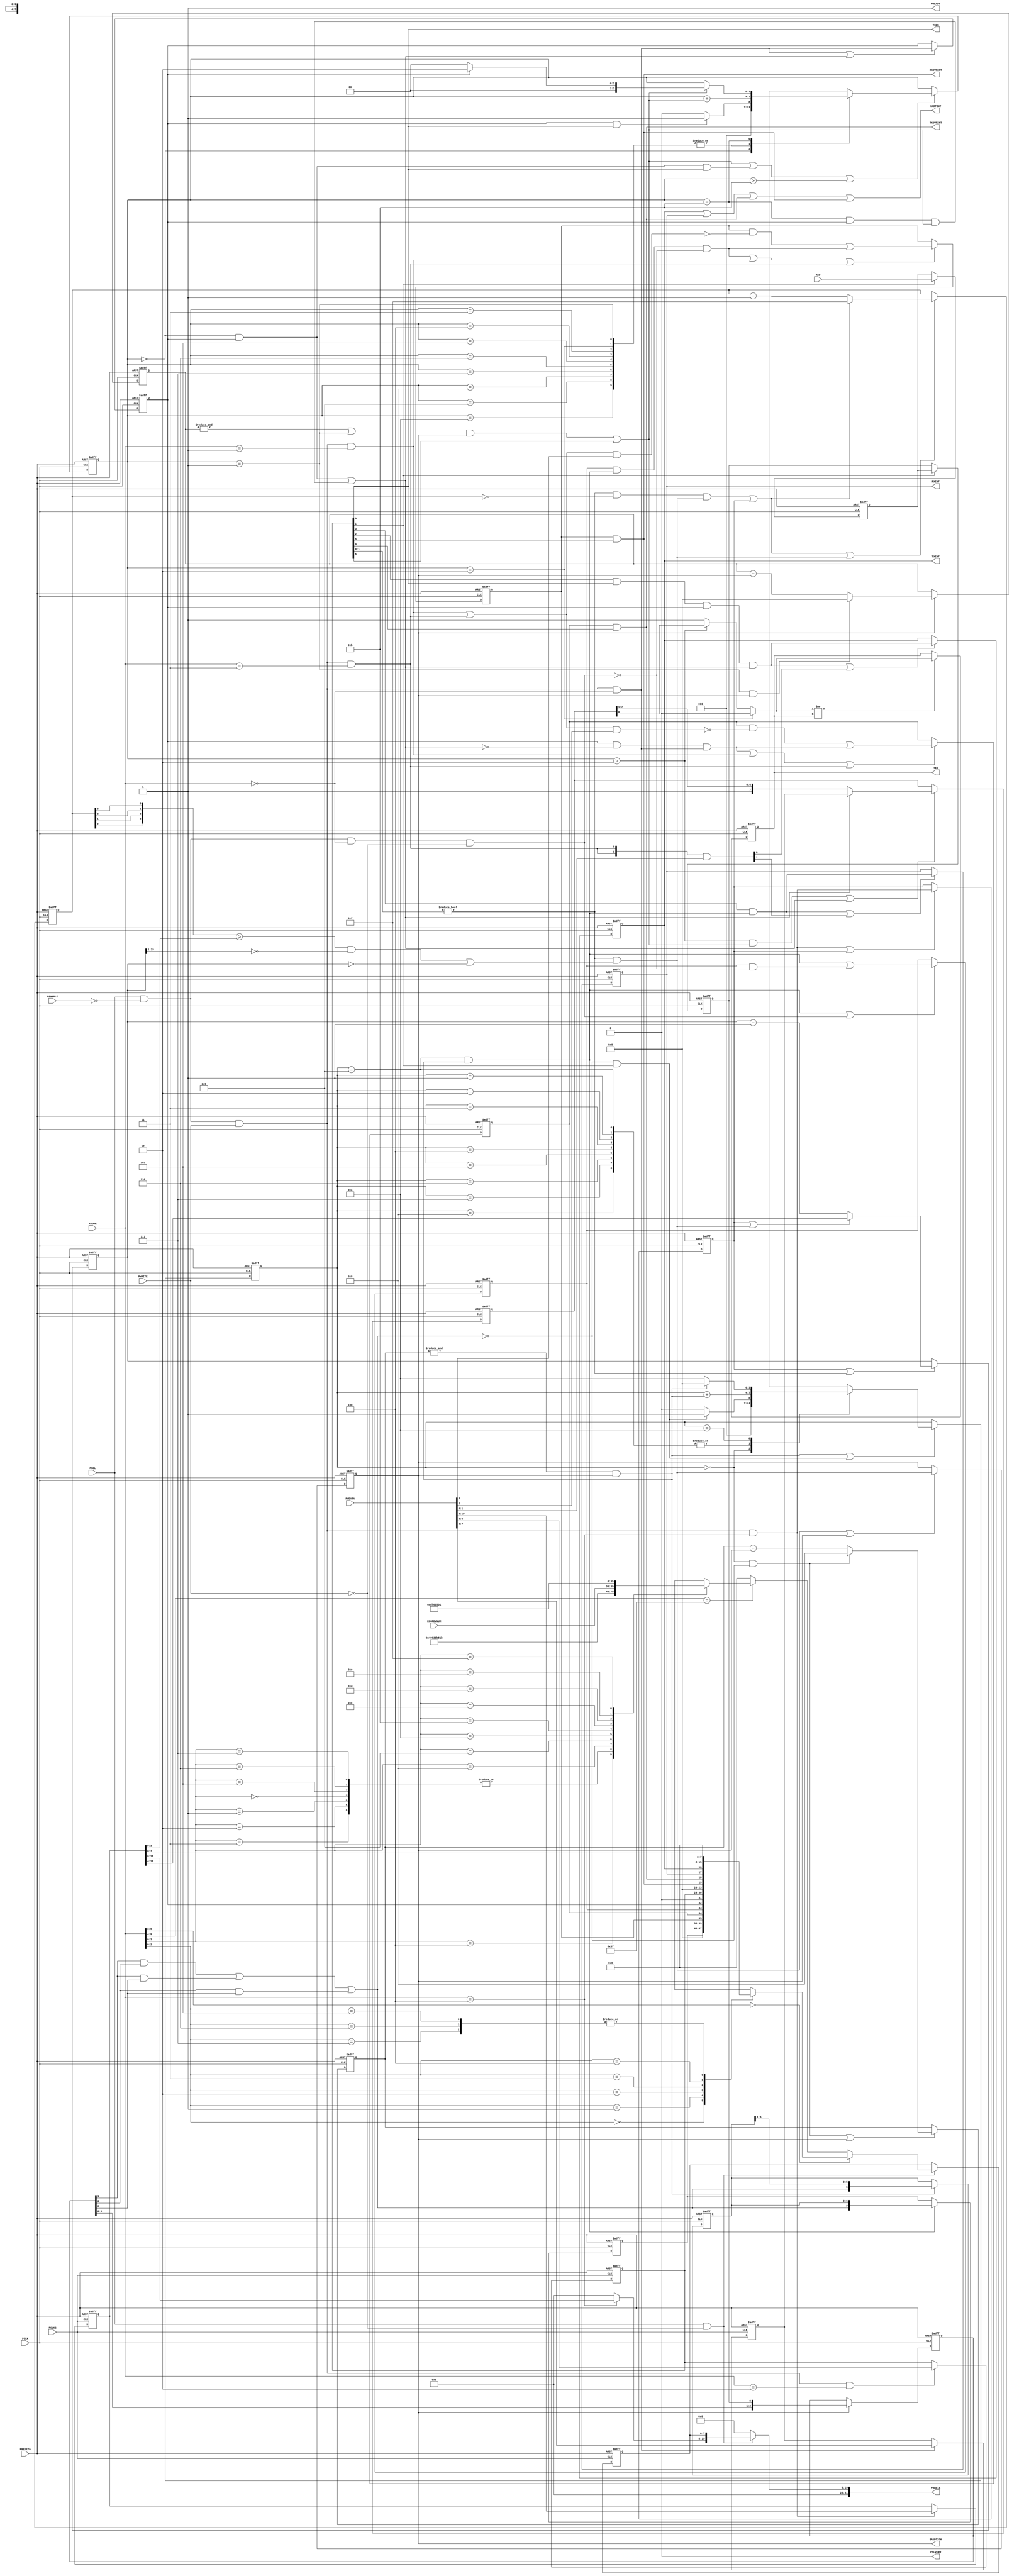
//-----------------------------------------------------------------------------
// The confidential and proprietary information contained in this file may
// only be used by a person authorised under and to the extent permitted
// by a subsisting licensing agreement from ARM Limited.
//
//            (C) COPYRIGHT 2010-2013 ARM Limited.
//                ALL RIGHTS RESERVED
//
// This entire notice must be reproduced on all copies of this file
// and copies of this file may only be made by a person if such person is
// permitted to do so under the terms of a subsisting license agreement
// from ARM Limited.
//
//      SVN Information
//
//      Checked In          : $Date: 2013-01-09 12:55:25 +0000 (Wed, 09 Jan 2013) $
//
//      Revision            : $Revision: 233070 $
//
//      Release Information : Cortex-M System Design Kit-r1p0-00rel0
//
//-----------------------------------------------------------------------------
//-----------------------------------------------------------------------------
// Abstract : Simple APB UART
//-----------------------------------------------------------------------------
//-------------------------------------
// Programmer's model
// 0x00 R     RXD[7:0]    Received Data
//      W     TXD[7:0]    Transmit data
// 0x04 RW    STAT[3:0]
//              [3] RX buffer overrun (write 1 to clear)
//              [2] TX buffer overrun (write 1 to clear)
//              [1] RX buffer full (Read only)
//              [0] TX buffer full (Read only)
// 0x08 RW    CTRL[3:0]   TxIntEn, RxIntEn, TxEn, RxEn
//              [6] High speed test mode Enable
//              [5] RX overrun interrupt enable
//              [4] TX overrun interrupt enable
//              [3] RX Interrupt Enable
//              [2] TX Interrupt Enable
//              [1] RX Enable
//              [0] TX Enable
// 0x0C R/Wc  intr_status/INTCLEAR
//              [3] RX overrun interrupt
//              [2] TX overrun interrupt
//              [1] RX interrupt
//              [0] TX interrupt
// 0x10 RW    BAUDDIV[19:0] Baud divider
//            (minimum value is 16)
// 0x3E0 - 0x3FC  ID registers
//-------------------------------------

module cmsdk_apb_uart (
// --------------------------------------------------------------------------
// Port Definitions
// --------------------------------------------------------------------------
  input  wire        PCLK,     // Clock
  input  wire        PCLKG,    // Gated Clock
  input  wire        PRESETn,  // Reset

  input  wire        PSEL,     // Device select
  input  wire [11:2] PADDR,    // Address
  input  wire        PENABLE,  // Transfer control
  input  wire        PWRITE,   // Write control
  input  wire [31:0] PWDATA,   // Write data

  input  wire [3:0]  ECOREVNUM,// Engineering-change-order revision bits

  output wire [31:0] PRDATA,   // Read data
  output wire        PREADY,   // Device ready
  output wire        PSLVERR,  // Device error response

  input  wire        RXD,      // Serial input
  output wire        TXD,      // Transmit data output
  output wire        TXEN,     // Transmit enabled
  output wire        BAUDTICK, // Baud rate (x16) Tick

  output wire        TXINT,    // Transmit Interrupt
  output wire        RXINT,    // Receive Interrupt
  output wire        TXOVRINT, // Transmit overrun Interrupt
  output wire        RXOVRINT, // Receive overrun Interrupt
  output wire        UARTINT); // Combined interrupt

// Local ID parameters, APB UART part number is 0x821
localparam  ARM_CMSDK_APB_UART_PID4 = 8'h04;
localparam  ARM_CMSDK_APB_UART_PID5 = 8'h00;
localparam  ARM_CMSDK_APB_UART_PID6 = 8'h00;
localparam  ARM_CMSDK_APB_UART_PID7 = 8'h00;
localparam  ARM_CMSDK_APB_UART_PID0 = 8'h21;
localparam  ARM_CMSDK_APB_UART_PID1 = 8'hB8;
localparam  ARM_CMSDK_APB_UART_PID2 = 8'h1B;
localparam  ARM_CMSDK_APB_UART_PID3 = 4'h0;
localparam  ARM_CMSDK_APB_UART_CID0 = 8'h0D;
localparam  ARM_CMSDK_APB_UART_CID1 = 8'hF0;
localparam  ARM_CMSDK_APB_UART_CID2 = 8'h05;
localparam  ARM_CMSDK_APB_UART_CID3 = 8'hB1;

  // --------------------------------------------------------------------------
  // Internal wires
  // --------------------------------------------------------------------------
// Signals for read/write controls
wire          read_enable;
wire          write_enable;
wire          write_enable00; // Write enable for data register
wire          write_enable04; // Write enable for Status register
wire          write_enable08; // Write enable for control register
wire          write_enable0c; // Write enable for interrupt status register
wire          write_enable10; // Write enable for Baud rate divider
reg     [7:0] read_mux_byte0; // Read data multiplexer for lower 8-bit
reg     [7:0] read_mux_byte0_reg; // Register read data for lower 8-bit
wire   [31:0] read_mux_word;  // Read data multiplexer for whole 32-bit
wire    [3:0] pid3_value;     // constant value for lower 4-bit in perpherial ID3

// Signals for Control registers
reg     [6:0] reg_ctrl;       // Control register
reg     [7:0] reg_tx_buf;     // Transmit data buffer
reg     [7:0] reg_rx_buf;     // Receive data buffer
reg    [19:0] reg_baud_div;   // Baud rate setting

// Internal signals
  // Baud rate divider
reg    [15:0] reg_baud_cntr_i; // baud rate divider counter i (integer)
wire   [15:0] nxt_baud_cntr_i;
reg     [3:0] reg_baud_cntr_f; // baud rate divider counter f (fraction)
wire    [3:0] nxt_baud_cntr_f;
wire    [3:0] mapped_cntr_f;   // remapped counter f value
reg           reg_baud_tick;   // Register baud rate tick (16 times of baud rate)
reg           baud_updated;    // baud rate value has bee updated from APB
wire          reload_i;        // baud rate divider counter i reload
wire          reload_f;        // baud rate divider counter f reload
wire          baud_div_en;     // enable baud rate counter

  // Status
wire    [3:0] uart_status;     // UART status
reg           reg_rx_overrun;  // Receive overrun status register
wire          rx_overrun;      // Receive overrun detection
reg           reg_tx_overrun;  // Transmit overrun status register
wire          tx_overrun;      // Transmit overrun detection
wire          nxt_rx_overrun;  // next state for reg_rx_overrun
wire          nxt_tx_overrun;  // next state for reg_tx_overrun
  // Interrupts
reg           reg_txintr;      // Transmit interrupt register
reg           reg_rxintr;      // Receive interrupt register
wire          tx_overflow_intr;// Transmit overrun/overflow interrupt
wire          rx_overflow_intr;// Receive overrun/overflow interrupt
wire    [3:0] intr_state;      // UART interrupt status
wire    [1:0] intr_stat_set;   // Set TX/RX interrupt
wire    [1:0] intr_stat_clear; // Clear TX/RX interrupt

  // transmit
reg     [3:0] tx_state;    // Transmit FSM state
reg     [4:0] nxt_tx_state;
wire          tx_state_update;
wire          tx_state_inc; // Bit pulse
reg     [3:0] tx_tick_cnt;  // Transmit Tick counter
wire    [4:0] nxt_tx_tick_cnt;
reg     [7:0] tx_shift_buf;      // Transmit shift register
wire    [7:0] nxt_tx_shift_buf;  // next state    for tx_shift_buf
wire          tx_buf_ctrl_shift; // shift control for tx_shift_buf
wire          tx_buf_ctrl_load;  // load  control for tx_shift_buf
reg           tx_buf_full;  // TX Buffer full
reg           reg_txd;      // Tx Data
wire          nxt_txd;      // next state of reg_txd
wire          update_reg_txd; // update reg_txd
wire          tx_buf_clear; // Clear buffer full status when data is load into TX shift register

  // Receive data sync and filter
reg           rxd_sync_1;  // Double flip-flop syncrhoniser
reg           rxd_sync_2;  // Double flip-flop syncrhoniser
reg     [2:0] rxd_lpf;     // Averaging Low Pass Filter
wire    [2:0] nxt_rxd_lpf;
wire          rx_shift_in; // Shift Register Input

  // Receiver
reg     [3:0] rx_state;   // Receiver FSM state
reg     [4:0] nxt_rx_state;
wire          rx_state_update;
reg     [3:0] rx_tick_cnt; // Receiver Tick counter
wire    [4:0] nxt_rx_tick_cnt;
wire          update_rx_tick_cnt;
wire          rx_state_inc;// Bit pulse
reg     [6:0] rx_shift_buf;// Receiver shift data register
wire    [6:0] nxt_rx_shift_buf;
reg           rx_buf_full;  // Receive buffer full status
wire          nxt_rx_buf_full;
wire          rxbuf_sample; // Sample received data into receive data buffer
wire          rx_data_read; // Receive data buffer read by APB interface
wire    [7:0] nxt_rx_buf;

// Start of main code
// Read and write control signals
assign  read_enable  = PSEL & (~PWRITE); // assert for whole APB read transfer
assign  write_enable = PSEL & (~PENABLE) & PWRITE; // assert for 1st cycle of write transfer
assign  write_enable00 = write_enable & (PADDR[11:2] == 10'h000);
assign  write_enable04 = write_enable & (PADDR[11:2] == 10'h001);
assign  write_enable08 = write_enable & (PADDR[11:2] == 10'h002);
assign  write_enable0c = write_enable & (PADDR[11:2] == 10'h003);
assign  write_enable10 = write_enable & (PADDR[11:2] == 10'h004);

// Write operations
  // Transmit data register
  always @(posedge PCLKG or negedge PRESETn)
  begin
    if (~PRESETn)
      reg_tx_buf <= {8{1'b0}};
    else if (write_enable00)
      reg_tx_buf <= PWDATA[7:0];
  end

  // Status register overrun registers
  assign nxt_rx_overrun = (reg_rx_overrun & (~((write_enable04|write_enable0c) & PWDATA[3]))) | rx_overrun;
  assign nxt_tx_overrun = (reg_tx_overrun & (~((write_enable04|write_enable0c) & PWDATA[2]))) | tx_overrun;

  // RX OverRun status
  always @(posedge PCLK or negedge PRESETn)
  begin
    if (~PRESETn)
      reg_rx_overrun <= 1'b0;
    else if (rx_overrun | write_enable04 | write_enable0c)
      reg_rx_overrun <= nxt_rx_overrun;
  end

  // TX OverRun status
  always @(posedge PCLK or negedge PRESETn)
  begin
    if (~PRESETn)
      reg_tx_overrun <= 1'b0;
    else if (tx_overrun | write_enable04 | write_enable0c)
      reg_tx_overrun <= nxt_tx_overrun;
  end

  // Control register
  always @(posedge PCLKG or negedge PRESETn)
  begin
    if (~PRESETn)
      reg_ctrl <= {7{1'b0}};
    else if (write_enable08)
      reg_ctrl <= PWDATA[6:0];
  end

  // Baud rate divider - integer
  always @(posedge PCLKG or negedge PRESETn)
  begin
    if (~PRESETn)
      reg_baud_div <= {20{1'b0}};
    else if (write_enable10)
      reg_baud_div <= PWDATA[19:0];
  end

// Read operation
  assign uart_status = {reg_rx_overrun, reg_tx_overrun, rx_buf_full, tx_buf_full};

  assign pid3_value  = ARM_CMSDK_APB_UART_PID3;

  // First level of read mux
 always @(PADDR or reg_rx_buf or uart_status or reg_ctrl or intr_state or reg_baud_div
   or ECOREVNUM or pid3_value)
  begin
   if (PADDR[11:5] == 7'h00) begin
     case (PADDR[4:2])
     3'h0: read_mux_byte0 =  reg_rx_buf;
     3'h1: read_mux_byte0 =  {{4{1'b0}},uart_status};
     3'h2: read_mux_byte0 =  {{1{1'b0}},reg_ctrl};
     3'h3: read_mux_byte0 =  {{4{1'b0}},intr_state};
     3'h4: read_mux_byte0 =  reg_baud_div[7:0];
     3'h5, 3'h6, 3'h7: read_mux_byte0 =   {8{1'b0}};     //default read out value
     default:  read_mux_byte0 =   {8{1'bx}};// x propogation
     endcase
   end
   else if (PADDR[11:6] == 6'h3F) begin
     case  (PADDR[5:2])
       4'h0, 4'h1,4'h2,4'h3: read_mux_byte0 =   {8{1'b0}}; //default read out value
   // ID register - constant values
       4'h4: read_mux_byte0 = ARM_CMSDK_APB_UART_PID4; // 0xFD0 : PID 4
       4'h5: read_mux_byte0 = ARM_CMSDK_APB_UART_PID5; // 0xFD4 : PID 5
       4'h6: read_mux_byte0 = ARM_CMSDK_APB_UART_PID6; // 0xFD8 : PID 6
       4'h7: read_mux_byte0 = ARM_CMSDK_APB_UART_PID7; // 0xFDC : PID 7
       4'h8: read_mux_byte0 = ARM_CMSDK_APB_UART_PID0; // 0xFE0 : PID 0  APB UART part number[7:0]
       4'h9: read_mux_byte0 = ARM_CMSDK_APB_UART_PID1; // 0xFE0 : PID 1 [7:4] jep106_id_3_0. [3:0] part number [11:8]
       4'hA: read_mux_byte0 = ARM_CMSDK_APB_UART_PID2; // 0xFE0 : PID 2 [7:4] revision, [3] jedec_used. [2:0] jep106_id_6_4
       4'hB: read_mux_byte0 = {ECOREVNUM[3:0],pid3_value[3:0]};
                                                       // 0xFE0 : PID 3 [7:4] ECO revision, [3:0] modification number
       4'hC: read_mux_byte0 = ARM_CMSDK_APB_UART_CID0; // 0xFF0 : CID 0
       4'hD: read_mux_byte0 = ARM_CMSDK_APB_UART_CID1; // 0xFF4 : CID 1 PrimeCell class
       4'hE: read_mux_byte0 = ARM_CMSDK_APB_UART_CID2; // 0xFF8 : CID 2
       4'hF: read_mux_byte0 = ARM_CMSDK_APB_UART_CID3; // 0xFFC : CID 3
       default : read_mux_byte0 = {8{1'bx}}; // x propogation
      endcase
    end
    else begin
       read_mux_byte0 =   {8{1'b0}};     //default read out value
    end
  end



  // Register read data
  always @(posedge PCLKG or negedge PRESETn)
  begin
    if (~PRESETn)
      read_mux_byte0_reg      <= {8{1'b0}};
    else if (read_enable)
      read_mux_byte0_reg      <= read_mux_byte0;
  end

  // Second level of read mux
  assign read_mux_word[ 7: 0] = read_mux_byte0_reg;
  assign read_mux_word[19: 8] = (PADDR[11:2]==10'h004) ? reg_baud_div[19:8] : {12{1'b0}};
  assign read_mux_word[31:20] = {12{1'b0}};


  // Output read data to APB
  assign PRDATA[31: 0] = (read_enable) ? read_mux_word : {32{1'b0}};
  assign PREADY  = 1'b1; // Always ready
  assign PSLVERR = 1'b0; // Always okay

// --------------------------------------------
// Baud rate generator
  // Baud rate generator enable
  assign baud_div_en    = (reg_ctrl[1:0] != 2'b00);
  assign mapped_cntr_f  = {reg_baud_cntr_f[0],reg_baud_cntr_f[1],
                           reg_baud_cntr_f[2],reg_baud_cntr_f[3]};
  // Reload Integer divider
  // when UART enabled and (reg_baud_cntr_f < reg_baud_div[3:0])
  // then count to 1, or
  // when UART enabled then count to 0
  assign reload_i      = (baud_div_en &
         (((mapped_cntr_f >= reg_baud_div[3:0]) &
         (reg_baud_cntr_i[15:1] == {15{1'b0}})) |
         (reg_baud_cntr_i[15:0] == {16{1'b0}})));

  // Next state for Baud rate divider
  assign nxt_baud_cntr_i = (baud_updated | reload_i) ? reg_baud_div[19:4] :
                           (reg_baud_cntr_i - 16'h0001);
  // Update at reload or decrement
  always @(posedge PCLK or negedge PRESETn)
  begin
    if (~PRESETn)
      reg_baud_cntr_i   <= {16{1'b0}};
    else if (baud_updated | baud_div_en)
      reg_baud_cntr_i   <= nxt_baud_cntr_i;
  end

  // Reload fraction divider
  assign reload_f      = baud_div_en & (reg_baud_cntr_f==4'h0) &
                        reload_i;
  // Next state for fraction part of Baud rate divider
  assign nxt_baud_cntr_f =
                        (reload_f|baud_updated) ? 4'hF :
                        (reg_baud_cntr_f - 4'h1);

  // Update at reload or decrement
  always @(posedge PCLK or negedge PRESETn)
  begin
    if (~PRESETn)
      reg_baud_cntr_f   <= {4{1'b0}};
    else if (baud_updated | reload_f | reload_i)
      reg_baud_cntr_f   <= nxt_baud_cntr_f;
  end

  // Generate control signal to update baud rate counters
  always @(posedge PCLK or negedge PRESETn)
  begin
    if (~PRESETn)
      baud_updated    <= 1'b0;
    else if (write_enable10 | baud_updated)
      // Baud rate updated - to load new value to counters
      baud_updated    <= write_enable10;
  end

  // Generate Tick signal for external logic
  always @(posedge PCLK or negedge PRESETn)
  begin
    if (~PRESETn)
      reg_baud_tick    <= 1'b0;
    else if (reload_i | reg_baud_tick)
      reg_baud_tick    <= reload_i;
  end

  // Connect to external
  assign BAUDTICK = reg_baud_tick;

// --------------------------------------------
// Transmit

  // Buffer full status
  always @(posedge PCLK or negedge PRESETn)
  begin
    if (~PRESETn)
      tx_buf_full     <= 1'b0;
    else if (write_enable00 | tx_buf_clear)
      tx_buf_full     <= write_enable00;
  end

  // Increment TickCounter
  assign nxt_tx_tick_cnt = ((tx_state==4'h1) & reg_baud_tick) ? {5{1'b0}} :
                        tx_tick_cnt + {{3{1'b0}},reg_baud_tick};

  // Registering TickCounter
  always @(posedge PCLK or negedge PRESETn)
  begin
    if (~PRESETn)
      tx_tick_cnt     <= {4{1'b0}};
    else if (reg_baud_tick)
      tx_tick_cnt     <= nxt_tx_tick_cnt[3:0];
  end

  // Increment state (except Idle(0) and Wait for Tick(1))
  assign tx_state_inc   = (((&tx_tick_cnt)|(tx_state==4'h1)) & reg_baud_tick)|reg_ctrl[6];
          // state increment every cycle of high speed test mode is enabled
  // Clear buffer full status when data is load into shift register
  assign tx_buf_clear   = ((tx_state==4'h0) & tx_buf_full) |
                        ((tx_state==4'hB) & tx_buf_full & tx_state_inc);

  // tx_state machine
  // 0 = Idle, 1 =  Wait for Tick,
  // 2 = Start bit, 3 = D0 .... 10 = D7
  // 11 = Stop bit
  always @(tx_state or tx_buf_full or tx_state_inc or reg_ctrl)
  begin
  case (tx_state)
    0: begin
       nxt_tx_state = (tx_buf_full & reg_ctrl[0]) ? 5'h01 : 5'h00;  // New data is written to buffer
       end
    1,                         // State 1   : Wait for next Tick
    2,3,4,5,6,7,8,9,10: begin  // State 2-10: Start bit, D0 - D7
       nxt_tx_state = tx_state + {3'b000,tx_state_inc};
       end
    11: begin // Stop bit , goto next start bit or Idle
       nxt_tx_state = (tx_state_inc) ? ( tx_buf_full ? 5'h02:5'h00) : {1'b0, tx_state};
       end
    default:
       nxt_tx_state = {5{1'bx}};
  endcase
  end

  assign tx_state_update = tx_state_inc | ((tx_state==4'h0) & tx_buf_full & reg_ctrl[0]) | (tx_state>4'd11);

  // Registering outputs
  always @(posedge PCLK or negedge PRESETn)
  begin
    if (~PRESETn)
      tx_state        <= {4{1'b0}};
    else if (tx_state_update)
      tx_state        <= nxt_tx_state[3:0];
  end

  // Load/shift TX register
  assign tx_buf_ctrl_load  = (((tx_state==4'h0) & tx_buf_full) |
                              ((tx_state==4'hB) & tx_buf_full & tx_state_inc));
  assign tx_buf_ctrl_shift =  ((tx_state>4'h2) & tx_state_inc);

  assign nxt_tx_shift_buf = tx_buf_ctrl_load ? reg_tx_buf : {1'b1,tx_shift_buf[7:1]};

  // Registering TX shift register
  always @(posedge PCLK or negedge PRESETn)
  begin
    if (~PRESETn)
      tx_shift_buf    <= {8{1'b0}};
    else if (tx_buf_ctrl_shift | tx_buf_ctrl_load)
      tx_shift_buf    <= nxt_tx_shift_buf;
  end

  // Data output
  assign nxt_txd = (tx_state==4'h2) ? 1'b0 :
                   (tx_state>4'h2) ? tx_shift_buf[0] : 1'b1;

  assign update_reg_txd = (nxt_txd != reg_txd);

  // Registering outputs
  always @(posedge PCLK or negedge PRESETn)
  begin
    if (~PRESETn)
      reg_txd         <= 1'b1;
    else if (update_reg_txd)
      reg_txd         <= nxt_txd;
  end

  // Generate TX overrun error status
  assign tx_overrun = tx_buf_full & (~tx_buf_clear) & write_enable00;

  // Connect to external
  assign TXD  = reg_txd;
  assign TXEN = reg_ctrl[0];

// --------------------------------------------
// Receive synchronizer and low pass filter

  // Doubling Flip-flop synxt_rx_tick_cntnchroniser
  always @(posedge PCLK or negedge PRESETn)
  begin
    if (~PRESETn)
      begin
      rxd_sync_1 <= 1'b1;
      rxd_sync_2 <= 1'b1;
      end
    else if (reg_ctrl[1]) // Turn off synchronizer if receive is not enabled
      begin
      rxd_sync_1 <= RXD;
      rxd_sync_2 <= rxd_sync_1;
      end
  end

  // Averaging low pass filter
  assign nxt_rxd_lpf = {rxd_lpf[1:0], rxd_sync_2};
  // Registering stage for low pass filter
  always @(posedge PCLK or negedge PRESETn)
  begin
    if (~PRESETn)
      rxd_lpf <= 3'b111;
    else if (reg_baud_tick)
      rxd_lpf <= nxt_rxd_lpf;
  end

  // Averaging values
  assign rx_shift_in = (rxd_lpf[1] & rxd_lpf[0]) |
                       (rxd_lpf[1] & rxd_lpf[2]) |
                       (rxd_lpf[0] & rxd_lpf[2]);

// --------------------------------------------
// Receive

  // Increment TickCounter
  assign nxt_rx_tick_cnt = ((rx_state==4'h0) & (~rx_shift_in)) ? 5'h08 :
                        rx_tick_cnt + {{3{1'b0}},reg_baud_tick};

  assign update_rx_tick_cnt = ((rx_state==4'h0) & (~rx_shift_in)) | reg_baud_tick;

  // Registering other register
  always @(posedge PCLK or negedge PRESETn)
  begin
    if (~PRESETn)
      rx_tick_cnt    <= {4{1'b0}};
    else if (update_rx_tick_cnt)
      rx_tick_cnt    <= nxt_rx_tick_cnt[3:0];
  end

  // Increment state
  assign rx_state_inc   = ((&rx_tick_cnt) & reg_baud_tick);
  // Buffer full status
  assign nxt_rx_buf_full = rxbuf_sample | (rx_buf_full & (~rx_data_read));

  // Sample shift register when D7 is sampled
  assign rxbuf_sample  = ((rx_state==4'h9) & rx_state_inc);

  // Reading receive buffer (Set at 1st cycle of APB transfer
  // because read mux is registered before output)
  assign rx_data_read   = (PSEL & (~PENABLE) & (PADDR[11:2]==10'h000) & (~PWRITE));
  // Generate RX overrun error status
  assign rx_overrun = rx_buf_full & rxbuf_sample & (~rx_data_read);

  // rx_state machine
  // 0 = Idle, 1 =  Start of Start bit detected
  // 2 = Sample Start bit, 3 = D0 .... 10 = D7
  // 11 = Stop bit
  // 11, 12, 13, 14, 15: illegal/unused states
  always @(rx_state or rx_shift_in or rx_state_inc or reg_ctrl)
  begin
  case (rx_state)
    0: begin
       nxt_rx_state = ((~rx_shift_in) & reg_ctrl[1]) ? 5'h01 : 5'h00;  // Wait for Start bit
       end
    1,                      // State 1  : Wait for middle of start bit
    2,3,4,5,6,7,8,9: begin  // State 2-9: D0 - D7
       nxt_rx_state = rx_state + {3'b000,rx_state_inc};
       end
    10: begin // Stop bit , goto back to Idle
       nxt_rx_state = (rx_state_inc) ? 5'h00 : 5'h0A;
       end
    default:
       nxt_rx_state = {5{1'bx}};
  endcase
  end

  assign rx_state_update = rx_state_inc |  ((~rx_shift_in) & reg_ctrl[1]);

  // Registering rx_state
  always @(posedge PCLK or negedge PRESETn)
  begin
    if (~PRESETn)
      rx_state       <= {4{1'b0}};
    else if (rx_state_update)
      rx_state       <= nxt_rx_state[3:0];
  end

  // Buffer full status
  always @(posedge PCLK or negedge PRESETn)
  begin
    if (~PRESETn)
      rx_buf_full     <= 1'b0;
    else if (rxbuf_sample | rx_data_read)
      rx_buf_full     <= nxt_rx_buf_full;
  end

  // Sample receive buffer
  assign nxt_rx_buf     = {rx_shift_in, rx_shift_buf};
  // Registering receive data buffer
  always @(posedge PCLK or negedge PRESETn)
  begin
    if (~PRESETn)
      reg_rx_buf      <= {8{1'b0}};
    else if  (rxbuf_sample)
      reg_rx_buf      <= nxt_rx_buf;
  end

  // Shift register
  assign nxt_rx_shift_buf= {rx_shift_in, rx_shift_buf[6:1]};
  // Registering shift buffer
  always @(posedge PCLK or negedge PRESETn)
  begin
    if (~PRESETn)
      rx_shift_buf    <= {7{1'b0}};
    else if (rx_state_inc)
      rx_shift_buf    <= nxt_rx_shift_buf;
  end



// --------------------------------------------
// Interrupts
  // Set by event
  assign intr_stat_set[1] = reg_ctrl[3] & rxbuf_sample; // A new receive data is sampled
  assign intr_stat_set[0] = reg_ctrl[2] & reg_ctrl[0] & tx_buf_full & tx_buf_clear;
                            // Falling edge of buffer full
  // Clear by write to IntClear register
  assign intr_stat_clear[1:0] = {2{write_enable0c}} & PWDATA[1:0];

  // Registering outputs
  always @(posedge PCLK or negedge PRESETn)
  begin
    if (~PRESETn)
      reg_txintr    <= 1'b0;
    else if (intr_stat_set[0] | intr_stat_clear[0])
      reg_txintr    <= intr_stat_set[0];
  end

  always @(posedge PCLK or negedge PRESETn)
  begin
    if (~PRESETn)
      reg_rxintr    <= 1'b0;
    else if (intr_stat_set[1] | intr_stat_clear[1])
      reg_rxintr    <= intr_stat_set[1];
  end

  assign rx_overflow_intr = reg_rx_overrun & reg_ctrl[5];
  assign tx_overflow_intr = reg_tx_overrun & reg_ctrl[4];

  // Interrupt status for read back
  assign intr_state = {rx_overflow_intr, tx_overflow_intr, reg_rxintr, reg_txintr};

  // Connect to external
  assign TXINT    = reg_txintr;
  assign RXINT    = reg_rxintr;
  assign TXOVRINT = tx_overflow_intr;
  assign RXOVRINT = rx_overflow_intr;
  assign UARTINT  = reg_txintr | reg_rxintr | tx_overflow_intr | rx_overflow_intr;


`ifdef ARM_APB_ASSERT_ON
   // ------------------------------------------------------------
   // Assertions
   // ------------------------------------------------------------
`include "std_ovl_defines.h"

   // Prepare signals for OVL checking
   reg [15:0] ovl_last_reg_baud_cntr_i;
   reg  [3:0] ovl_last_reg_baud_cntr_f;
   reg        ovl_last_baud_div_en;
   reg        ovl_last_baud_updated;
   always @(posedge PCLK or negedge PRESETn)
   begin
     if (~PRESETn)
       begin
       ovl_last_reg_baud_cntr_i <= {16{1'b0}};
       ovl_last_reg_baud_cntr_f <= {4{1'b0}};
       ovl_last_baud_div_en     <= 1'b0;
       ovl_last_baud_updated    <= 1'b0;
       end
     else
       begin
       ovl_last_reg_baud_cntr_i <= reg_baud_cntr_i;
       ovl_last_reg_baud_cntr_f <= reg_baud_cntr_f;
       ovl_last_baud_div_en     <= baud_div_en;
       ovl_last_baud_updated    <= baud_updated;
       end
   end

   reg        ovl_reg_hs_test_mode_triggered; // Indicate if HighSpeed testmode has been activated
   wire       ovl_nxt_hs_test_mode_triggered;
   reg  [7:0] ovl_reg_tx_tick_count;  // For measuring width of TX state
   wire [7:0] ovl_nxt_tx_tick_count;
   reg  [7:0] ovl_reg_rx_tick_count;  // For measuring width of RX state
   wire [7:0] ovl_nxt_rx_tick_count;
   reg  [3:0] ovl_reg_last_tx_state;  // last state
   reg  [3:0] ovl_reg_last_rx_state;
   reg  [6:0] ovl_last_reg_ctrl;

   // Clear test mode indicator each time state is changed, set to 1 if high speed test mode is
   // enabled
   assign ovl_nxt_hs_test_mode_triggered =
     (tx_state!=ovl_reg_last_tx_state) ? reg_ctrl[6]: (reg_ctrl[6] | ovl_reg_hs_test_mode_triggered);

   // Counter clear at each state change, increasement at each reg_baud_tick
   assign ovl_nxt_tx_tick_count = (tx_state!=ovl_reg_last_tx_state) ? (8'h00) :
     (ovl_reg_tx_tick_count + {{7{1'b0}}, reg_baud_tick});

   // Counter clear at each state change, increasement at each reg_baud_tick
   assign ovl_nxt_rx_tick_count = (rx_state!=ovl_reg_last_rx_state) ? (8'h00) :
     (ovl_reg_rx_tick_count + {{7{1'b0}}, reg_baud_tick});

   always@(posedge PCLK or negedge PRESETn)
     begin
     if (~PRESETn)
       begin
       ovl_reg_hs_test_mode_triggered <= 1'b0;
       ovl_reg_last_tx_state          <= 4'h0;
       ovl_reg_last_rx_state          <= 4'h0;
       ovl_reg_tx_tick_count          <= 8'h00;
       ovl_reg_rx_tick_count          <= 8'h00;
       ovl_last_reg_ctrl              <= 7'h00;
       end
     else
       begin
       ovl_reg_hs_test_mode_triggered <= ovl_nxt_hs_test_mode_triggered;
       ovl_reg_last_tx_state          <= tx_state;
       ovl_reg_last_rx_state          <= rx_state;
       ovl_reg_tx_tick_count          <= ovl_nxt_tx_tick_count;
       ovl_reg_rx_tick_count          <= ovl_nxt_rx_tick_count;
       ovl_last_reg_ctrl              <= reg_ctrl;
       end
     end

   // Signals for checking clearing of interrupts
   reg          ovl_last_txint;
   reg          ovl_last_rxint;
   reg          ovl_last_psel;
   reg          ovl_last_penable;
   reg          ovl_last_pwrite;
   reg  [31:0]  ovl_last_pwdata;
   reg  [11:2]  ovl_last_paddr;
   reg          ovl_last_rx_buf_full;
   reg          ovl_last_tx_shift_buf_0;


   always@(posedge PCLK or negedge PRESETn)
     begin
     if (~PRESETn)
       begin
       ovl_last_txint   <= 1'b0;
       ovl_last_rxint   <= 1'b0;
       ovl_last_psel    <= 1'b0;
       ovl_last_penable <= 1'b0;
       ovl_last_pwrite  <= 1'b0;
       ovl_last_paddr   <= {10{1'b0}};
       ovl_last_pwdata  <= {32{1'b0}};
       ovl_last_rx_buf_full  <= 1'b0;
       ovl_last_tx_shift_buf_0 <= 1'b0;
       end
     else
       begin
       ovl_last_txint   <= TXINT;
       ovl_last_rxint   <= RXINT;
       ovl_last_psel    <= PSEL;
       ovl_last_penable <= PENABLE;
       ovl_last_pwrite  <= PWRITE;
       ovl_last_paddr   <= PADDR;
       ovl_last_pwdata  <= PWDATA;
       ovl_last_rx_buf_full  <= rx_buf_full;
       ovl_last_tx_shift_buf_0 <= tx_shift_buf[0];
       end
     end

   // Ensure rx_state must not be 11, 12, 13, 14, 15
   assert_never
     #(`OVL_ERROR,`OVL_ASSERT,
       "rx_state in illegal state")
   u_ovl_rx_state_illegal
     (.clk(PCLK), .reset_n(PRESETn),
      .test_expr((rx_state==4'hB)|(rx_state==4'hC)|(rx_state==4'hD)|
      (rx_state==4'hE)|(rx_state==4'hF)));

   // Ensure tx_state must not be 12, 13, 14, 15
   assert_never
     #(`OVL_ERROR,`OVL_ASSERT,
       "tx_state in illegal state")
   u_ovl_tx_state_illegal
     (.clk(PCLK), .reset_n(PRESETn),
      .test_expr((tx_state==4'hC)|(tx_state==4'hD)|
      (tx_state==4'hE)|(tx_state==4'hF)));

   // Ensure reg_baud_cntr_i change only if UART is enabled
   // or if write to baud rate divider
   assert_implication
     #(`OVL_ERROR,`OVL_ASSERT,
       "Unexpected baud rate divider change")
   u_ovl_reg_baud_cntr_i_change
     (.clk(PCLK), .reset_n(PRESETn),
      .antecedent_expr(ovl_last_reg_baud_cntr_i!=reg_baud_cntr_i),
      .consequent_expr(ovl_last_baud_div_en | ovl_last_baud_updated )
      );

   // Ensure reg_baud_div[19:4] >= reg_baud_cntr_i unless reg_baud_div just been programmed
   assert_implication
     #(`OVL_ERROR,`OVL_ASSERT,
       "Unexpected baud rate divided change")
   u_ovl_reg_baud_cntr_i_range
     (.clk(PCLK), .reset_n(PRESETn),
      .antecedent_expr(reg_baud_cntr_i>reg_baud_div[19:4]),
      .consequent_expr(baud_updated)
      );

   // Ensure reg_baud_cntr_f change only if UART is enabled
   // or if write to baud rate divider
   assert_implication
     #(`OVL_ERROR,`OVL_ASSERT,
       "Unexpected baud rate divider change")
   u_ovl_reg_baud_cntr_f_change
     (.clk(PCLK), .reset_n(PRESETn),
      .antecedent_expr(ovl_last_reg_baud_cntr_f!=reg_baud_cntr_f),
      .consequent_expr(ovl_last_baud_div_en | ovl_last_baud_updated )
      );

   // Ensure tx_buf_full is set to 1 after write to TX buffer (PADDR[11:2]==0)
   assert_next
     #(`OVL_ERROR, 1,1,0, `OVL_ASSERT,
      "tx_buf_full should be asserted after write to TX buffer")
   u_ovl_tx_buf_full
    (.clk(PCLK),  .reset_n(PRESETn),
     .start_event (PSEL & (~PENABLE) & PWRITE & (PADDR[11:2] == 10'h000)),
     .test_expr   (tx_buf_full)
     );

   // If last tx_state=0 (idle) or 1 (wait for tick), TXD = 1.
   assert_next
     #(`OVL_ERROR, 1,1,0, `OVL_ASSERT,
      "TXD should be 1 when idle or just before data transmission")
   u_ovl_txd_state_0_1
    (.clk(PCLK),  .reset_n(PRESETn),
     .start_event ((tx_state==4'd0)|(tx_state==4'd1)),
     .test_expr   (TXD==1'b1)
     );

   // If last tx_state=2 (start bit), TXD = 0.
   assert_next
     #(`OVL_ERROR, 1,1,0, `OVL_ASSERT,
      "TXD should be 0 when output start bit")
   u_ovl_txd_state_2
    (.clk(PCLK),  .reset_n(PRESETn),
     .start_event (tx_state==4'd2),
     .test_expr   (TXD==1'b0)
     );

   // If last tx_state=3-10 (D0 to D7), TXD = anything (tx_shift_buf[0]).
   assert_next
     #(`OVL_ERROR, 1,1,0, `OVL_ASSERT,
      "TXD should be same as first bit of shift register during transfer")
   u_ovl_txd_state_3_to_10
    (.clk(PCLK),  .reset_n(PRESETn),
     .start_event ((tx_state>4'd2) & (tx_state<4'd11)),
     .test_expr   (TXD==ovl_last_tx_shift_buf_0)
     );

   // If last tx_state=11 (stop bit), TXD = 1.
   assert_next
     #(`OVL_ERROR, 1,1,0, `OVL_ASSERT,
      "TXD should be 1 when output stop bit")
   u_ovl_txd_state_11
    (.clk(PCLK),  .reset_n(PRESETn),
     .start_event (tx_state==4'd11),
     .test_expr   (TXD==1'b1)
     );

   // Duration of tx_state in 2 to 11 must have 16 reg_baud_tick
   // (unless high speed test mode has been active)
   assert_implication
     #(`OVL_ERROR,`OVL_ASSERT,
     "Duration of tx_state when in state 2 to state 11 should have 16 ticks")
   u_ovl_width_of_tx_state
     (.clk(PCLK), .reset_n(PRESETn),
      .antecedent_expr((tx_state!=ovl_reg_last_tx_state) &      // at state change
       (ovl_reg_last_tx_state>4'd1)&(ovl_reg_last_tx_state<4'd12) & // from state 2 to 11
       (ovl_reg_hs_test_mode_triggered==1'b0)), // high speed test mode not triggered
      .consequent_expr((ovl_reg_tx_tick_count==8'd15) | (ovl_reg_tx_tick_count==8'd16))
        // count from 0 to 15 (16 ticks)
     );


   // In high speed test mode, tx_state must change if it is in range of 2 to 11
   assert_next
     #(`OVL_ERROR, 1,1,0, `OVL_ASSERT,
       "Duration of tx_state should be 1 cycle if high speed test mode is enabled")
   u_ovl_width_of_tx_state_in_high_speed_test_mode
     (.clk(PCLK), .reset_n(PRESETn),
      .start_event((tx_state>4'd1)&(tx_state<4'd12) & reg_ctrl[6]),
      .test_expr  (tx_state != ovl_reg_last_tx_state)
      );

   // Duration of rx_state in 1 must have 8 reg_baud_tick
   assert_implication
     #(`OVL_ERROR,`OVL_ASSERT,
     "Duration of rx_state when state 1 should have 8 ticks")
   u_ovl_width_of_rx_state_1
     (.clk(PCLK), .reset_n(PRESETn),
      .antecedent_expr((rx_state!=ovl_reg_last_rx_state) & // at state change
       (ovl_reg_last_rx_state==4'd1)), // last state was state 1
      .consequent_expr((ovl_reg_rx_tick_count==8'd7)|(ovl_reg_rx_tick_count==8'd8))
        // count from 0 to 7 (8 ticks)
     );

   // Duration of rx_state in 2 to 10 must have 16 reg_baud_tick
   assert_implication
     #(`OVL_ERROR,`OVL_ASSERT,
     "Duration of rx_state when in state 2 to state 10 should have 16 ticks")
   u_ovl_width_of_rx_state_data
     (.clk(PCLK), .reset_n(PRESETn),
      .antecedent_expr((rx_state!=ovl_reg_last_rx_state) &    // at state change
       (ovl_reg_last_rx_state>4'd1)&(ovl_reg_last_rx_state<4'd11)),  // from state 2 to 9
      .consequent_expr((ovl_reg_rx_tick_count==8'd15)|(ovl_reg_rx_tick_count==8'd16))
         // count from 0 to 15 (16 ticks)
     );

   // UARTINT must be 0 if TXINT, RXINT, TXOVRINT and RXOVRINT are all 0
   assert_implication
     #(`OVL_ERROR,`OVL_ASSERT,
     "UARTINT must be 0 if TXINT, RXINT, TXOVRINT and RXOVRINT are all 0")
   u_ovl_uartint_mismatch
     (.clk(PCLK), .reset_n(PRESETn),
      .antecedent_expr((TXINT | RXINT | TXOVRINT | RXOVRINT) == 1'b0), // No interrupt
      .consequent_expr(UARTINT==1'b0) // Combined interrupt = 0
     );

    // TXINT should be asserted when TX interrupt enabled and transmit buffer is available
    assert_next
    #(`OVL_ERROR, 1,1,0, `OVL_ASSERT,
    "TXINT should be triggered when enabled")
    u_ovl_txint_enable
      (.clk(PCLK ), .reset_n (PRESETn),
     .start_event (reg_ctrl[0] & reg_ctrl[2] & tx_buf_full & tx_buf_clear),
     .test_expr   (TXINT == 1'b1)
     );

   // There should be no rising edge of TXINT if transmit is disabled or transmit interrupt is disabled
    assert_next
    #(`OVL_ERROR, 1,1,0, `OVL_ASSERT,
    "TXINT should not be triggered when disabled")
    u_ovl_txint_disable
      (.clk(PCLK ), .reset_n (PRESETn),
     .start_event (((reg_ctrl[0]==1'b0) | (reg_ctrl[2]==1'b0)) & (TXINT == 1'b0)),
     .test_expr   (TXINT == 1'b0)
     );

   // if TXINT falling edge, there must has been a write to INTCLEAR register with bit[0]=1
   assert_implication
     #(`OVL_ERROR,`OVL_ASSERT,
     "When there is a falling edge of TXINT, there must has been a write to INTCLEAR")
   u_ovl_txint_clear
     (.clk(PCLK), .reset_n(PRESETn),
      .antecedent_expr(ovl_last_txint & (~TXINT)), // Falling edge of TXINT
      .consequent_expr(ovl_last_psel & ovl_last_pwrite &
      (ovl_last_paddr==10'h003) & (ovl_last_pwdata[0]) ) // There must has been a write to INTCLEAR
     );

    // RXINT should be asserted when RX interrupt enabled and a new data is received
    assert_next
    #(`OVL_ERROR, 1,1,0, `OVL_ASSERT,
    "RXINT should be triggered when enabled")
    u_ovl_rxint_enable
      (.clk(PCLK ), .reset_n (PRESETn),
     .start_event (reg_ctrl[3] & (rx_state==9) & (nxt_rx_state==10)),
     .test_expr   (RXINT == 1'b1)
     );

   // There should be no rising edge of RXINT if receive interrupt is disabled
    assert_next
    #(`OVL_ERROR, 1,1,0, `OVL_ASSERT,
    "RXINT should not be triggered when disabled")
    u_ovl_rxint_disable
      (.clk(PCLK ), .reset_n (PRESETn),
     .start_event ((reg_ctrl[3]==1'b0) & (RXINT == 1'b0)),
     .test_expr   (RXINT == 1'b0)
     );

   // if RXINT falling edge, there must has been a write to INTCLEAR register with bit[1]=1
   assert_implication
     #(`OVL_ERROR,`OVL_ASSERT,
     "When there is a falling edge of RXINT, there must has been a write to INTCLEAR")
   u_ovl_rxint_clear
     (.clk(PCLK), .reset_n(PRESETn),
      .antecedent_expr(ovl_last_rxint & (~RXINT)), // Falling edge of TXINT
      .consequent_expr(ovl_last_psel & ovl_last_pwrite &
      (ovl_last_paddr==10'h003) & (ovl_last_pwdata[1]) ) // There must has been a write to INTCLEAR
     );

   // rx_buf_full should rise if rx_state change from 9 to 10
    assert_next
    #(`OVL_ERROR, 1,1,0, `OVL_ASSERT,
    "rx_buf_full should be asserted when a new character is received")
    u_ovl_rx_buf_full
      (.clk(PCLK ), .reset_n (PRESETn),
     .start_event ((rx_state==9) & (nxt_rx_state==10)),
     .test_expr   (rx_buf_full == 1'b1)
     );

   // if rx_buf_full falling edge, there must has been a read to the receive buffer
   assert_implication
     #(`OVL_ERROR,`OVL_ASSERT,
     "When there is a falling edge of RXINT, there must has been a read to receive buffer")
   u_ovl_rx_buf_full_clear
     (.clk(PCLK), .reset_n(PRESETn),
      .antecedent_expr((~rx_buf_full) & ovl_last_rx_buf_full), // Falling edge of rx_buf_full
      .consequent_expr(ovl_last_psel & (~ovl_last_pwrite) &
      (ovl_last_paddr==10'h000)  ) // There must has been a read to rx data
     );

   // TXOVRINT must be 0 if reg_ctrl[4]=0
   assert_implication
     #(`OVL_ERROR,`OVL_ASSERT,
     "When there is a falling edge of RXINT, there must has been a write to INTCLEAR")
   u_ovl_txovrint_disable
     (.clk(PCLK), .reset_n(PRESETn),
      .antecedent_expr(~reg_ctrl[4]),
      .consequent_expr(~TXOVRINT)
     );

   // RXOVRINT must be 0 if reg_ctrl[5]=0
   assert_implication
     #(`OVL_ERROR,`OVL_ASSERT,
     "When there is a falling edge of RXINT, there must has been a write to INTCLEAR")
   u_ovl_rxovrint_disable
     (.clk(PCLK), .reset_n(PRESETn),
      .antecedent_expr(~reg_ctrl[5]),
      .consequent_expr(~RXOVRINT)
     );

   // if a write take place to TX data buffer and tx_buf_full was 1, reg_tx_overrun will be set
    assert_next
    #(`OVL_ERROR, 1,1,0, `OVL_ASSERT,
    "tx buffer overrun should be asserted when a new character is write to buffer and buffer is already full")
    u_ovl_tx_buffer_overrun
      (.clk(PCLK ), .reset_n (PRESETn),
     .start_event (write_enable00 & tx_buf_full & (~tx_buf_clear)),
     .test_expr   (reg_tx_overrun == 1'b1)
     );

   // if rx_buf_full is high and rx_state change from 9 to 10, reg_rx_overrun will be set
    assert_next
    #(`OVL_ERROR, 1,1,0, `OVL_ASSERT,
    "rx buffer overrun should be asserted when a new character is received and rx buffer is already full")
    u_ovl_rx_buffer_overrun
      (.clk(PCLK ), .reset_n (PRESETn),
     .start_event (rx_buf_full & (~rx_data_read) & (rx_state==9) & (nxt_rx_state==10)),
     .test_expr   (reg_rx_overrun == 1'b1)
     );

   // if write to INTCLEAR  with bit[2]=1, reg_tx_overrun will be cleared,
    // Cannot have new overrun at the same time because the APB can only do onething at a time
    assert_next
    #(`OVL_ERROR, 1,1,0, `OVL_ASSERT,
    "tx buffer overrun should be clear when write to INTCLEAR")
    u_ovl_tx_buffer_overrun_clear_a
      (.clk(PCLK ), .reset_n (PRESETn),
     .start_event (write_enable0c & (PWDATA[2])),
     .test_expr   (reg_tx_overrun==1'b0)
     );

   // if write to STATUS  with bit[2]=1, reg_tx_overrun will be cleared,
    // Cannot have new overrun at the same time because the APB can only do onething at a time
    assert_next
    #(`OVL_ERROR, 1,1,0, `OVL_ASSERT,
    "tx buffer overrun should be clear when write to INTCLEAR")
    u_ovl_tx_buffer_overrun_clear_b
      (.clk(PCLK ), .reset_n (PRESETn),
     .start_event (write_enable04 & (PWDATA[2])),
     .test_expr   (reg_tx_overrun==1'b0)
     );

   // if write to INTCLEAR  with bit[3]=1, reg_rx_overrun will be cleared, unless a new overrun take place
    assert_next
    #(`OVL_ERROR, 1,1,0, `OVL_ASSERT,
    "rx buffer overrun should be clear when write to INTCLEAR, unless new overrun")
    u_ovl_rx_buffer_overrun_clear_a
      (.clk(PCLK ), .reset_n (PRESETn),
     .start_event (write_enable0c & (PWDATA[3]) & (~(rx_buf_full & (rx_state==9) & (nxt_rx_state==10)))),
     .test_expr   (reg_rx_overrun==1'b0)
     );

   // If rx buffer is not full, it cannot have new overrun
    assert_next
    #(`OVL_ERROR, 1,1,0, `OVL_ASSERT,
    "rx buffer overrun should be clear when write to INTCLEAR, unless new overrun")
    u_ovl_rx_buffer_overrun_when_empty
      (.clk(PCLK ), .reset_n (PRESETn),
     .start_event ((~rx_buf_full) & (reg_rx_overrun==1'b0)),
     .test_expr   (reg_rx_overrun==1'b0)
     );


   // Reading of reg_baud_div (worth checking due to two stage read mux)
    assert_next
    #(`OVL_ERROR, 1, 1, 0, `OVL_ASSERT,
    "Reading of baud rate divider value")
    u_ovl_read_baud_rate_divide_cfg
      (.clk(PCLK ), .reset_n (PRESETn),
     .start_event   (PSEL & (~PENABLE) & (~PWRITE) & (PADDR[11:2]==10'h004)),
     .test_expr     (PRDATA=={{12{1'b0}}, reg_baud_div})
     );

   // Recommended Baud Rate divider value is at least 16
   assert_never
     #(`OVL_ERROR,`OVL_ASSERT,
       "UART enabled with baud rate less than 16")
   u_ovl_baud_rate_divider_illegal
     (.clk(PCLK), .reset_n(PRESETn),
      .test_expr(((reg_ctrl[0]) & (reg_ctrl[6]==1'b0) & (reg_baud_div[19:4]=={16{1'b0}}) ) |
                 ((reg_ctrl[1]) &                       (reg_baud_div[19:4]=={16{1'b0}}) ) )
      );

   // Test mode never changes from hi-speed to normal speed unless TX is idle
   assert_never
     #(`OVL_ERROR,`OVL_ASSERT,
       "High speed test mode has been changed when TX was not idle")
   u_ovl_change_speed_tx_illegal
     (.clk(PCLK), .reset_n(PRESETn),
      .test_expr((tx_state != 4'd00) & (reg_ctrl[6] != ovl_last_reg_ctrl[6]))
      );

`endif

endmodule